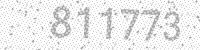
Solution: 811773